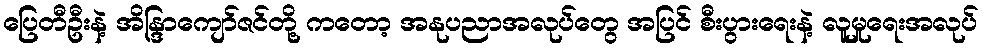
ပြေတီဦးနဲ့ အိန္ဒြာကျော်ဇင်တို့ ကတော့ အနုပညာအလုပ်တွေ အပြင် စီးပွားရေးနဲ့ လူမှုရေးအလုပ်